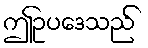
ဤဥပဒေသည်